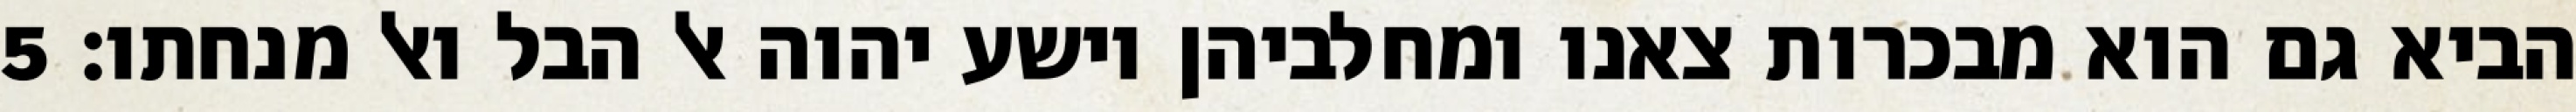
הביא גם הוא מבכרות צאנו ומחלביהן וישע יהוה אל הבל ואל מנחתו׃ ‎5‏